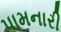
પામનારી